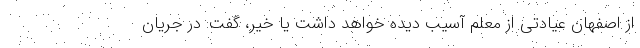
از اصفهان عیادتی از معلم آسیب دیده خواهد داشت یا خیر، گفت: در جریان